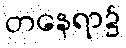
တနေရာ၌